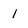
Character: 1